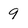
Character: 9